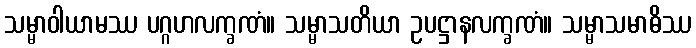
သမ္မာဝါယာမဿ ပဂ္ဂဟလက္ခဏံ။ သမ္မာသတိယာ ဥပဋ္ဌာနလက္ခဏံ။ သမ္မာသမာဓိဿ